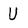
Character: U